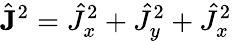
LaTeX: \hat{\mathbf{J}}^{2}=\hat{J}_{x}^{2}+\hat{J}_{y}^{2}+\hat{J}_{x}^{2}